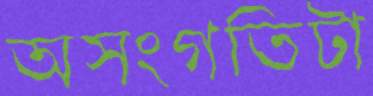
অসংগতিটা